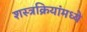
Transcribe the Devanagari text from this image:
शस्त्रक्रियांमध्ये